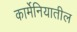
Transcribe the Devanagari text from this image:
कार्मेनियातील